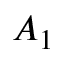
A _ { 1 }